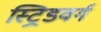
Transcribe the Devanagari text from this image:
स्ट्रिडवर्ग